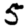
Digit: 5